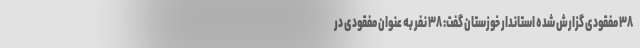
۳۸ مفقودی گزارش شده استاندار خوزستان گفت: ۳۸ نفر به عنوان مفقودی در